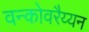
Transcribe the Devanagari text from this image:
वन्कोवरैय्यन